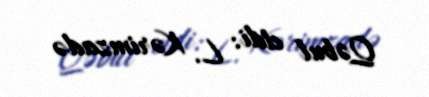
Qəbul etdi: L. Kərimzadə